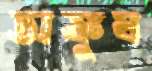
অঙ্কুষ